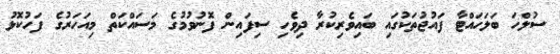
ސުލްހަ ބަލަހައްޓާ ފައުޖުތަކުގައި ބައިވެރިކުރާ ދިވެހި ސިފައިން ފޮނުވުމުގެ މަސައްކަތް މިއަހަރުގެ ފަހުކޮޅު